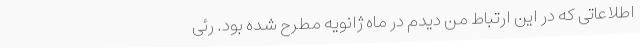
اطلاعاتی که در این ارتباط من دیدم در ماه ژانویه مطرح شده بود. رئی